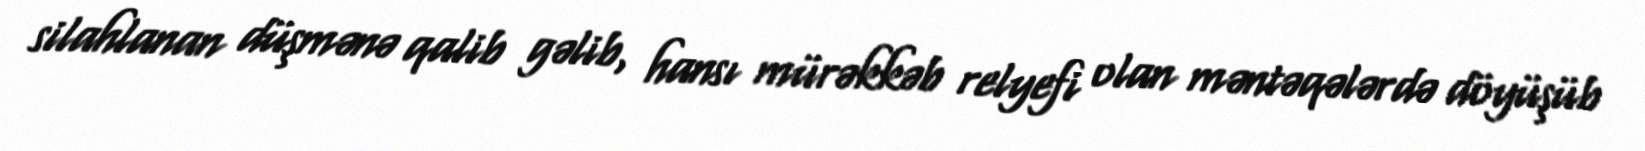
silahlanan düşmənə qalib gəlib, hansı mürəkkəb relyefi olan məntəqələrdə döyüşüb